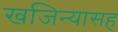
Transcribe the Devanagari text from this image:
खजिन्यासह